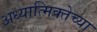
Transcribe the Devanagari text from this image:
अध्यात्मिक्तेच्या